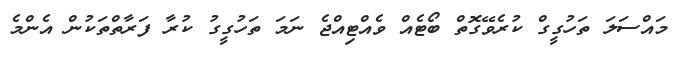
މައްސަލަ ތަހުގީގް ކުރެވޭގޮތް ބޯޓެއް ވެއްޓިއްޖެ ނަމަ ތަހުގީގު ކުރާ ފަރާތްތަކުން އެންމެ